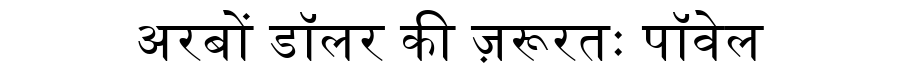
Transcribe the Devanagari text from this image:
अरबों डॉलर की ज़रूरतः पॉवेल